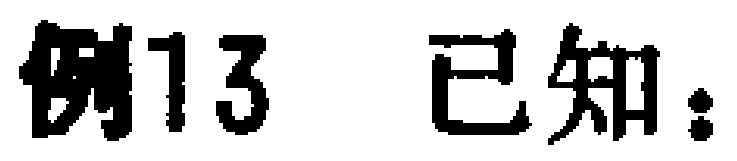
例13 已知：